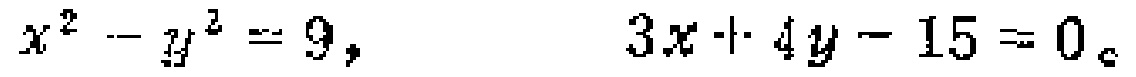
\(x^{2}-y^{2}=9,\quad 3x + 4y - 15 = 0\)